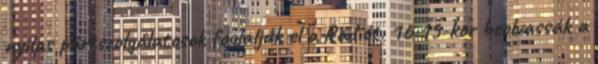
nyilas pártszolgálatosok foglalják el a Rádiót. 16:15-kor beolvassák a